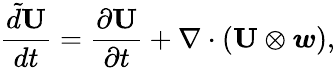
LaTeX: \frac{\tilde{d}\mathbf{U}}{dt}=\frac{\partial\mathbf{U}}{\partial t}+\nabla\cdot(\mathbf{U}\otimes\boldsymbol{w}),